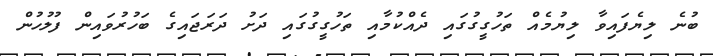
ބުނެ ލިޔެފައިވާ ލިޔުމެއް ތަހުގީގުގައި ދެއްކުމާއި ތަހުގީގުގައި ދަށު ދަރަޖައިގެ ބަހުރުވައިން ފުލުހުން